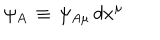
\psi _ { A } \, \equiv \, \psi _ { A \mu } \, d x ^ { \mu }